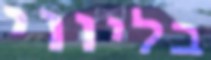
בליווי